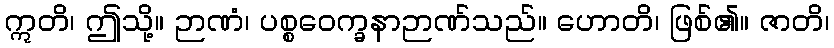
ဣတိ၊ ဤသို့။ ဉာဏံ၊ ပစ္စဝေက္ခနာဉာဏ်သည်။ ဟောတိ၊ ဖြစ်၏။ ဇာတိ၊